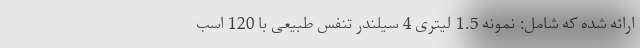
ارائه شده که شامل: نمونه 1.5 لیتری 4 سیلندر تنفس طبیعی با 120 اسب